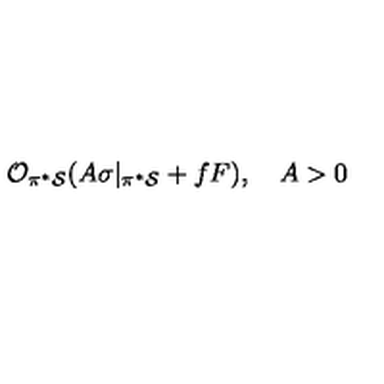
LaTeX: { \cal O } _ { \pi ^ { * } { \cal S } } ( A \sigma | _ { \pi ^ { * } { \cal S } } + f F ) , \quad A > 0